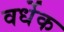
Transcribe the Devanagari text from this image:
वर्धेक